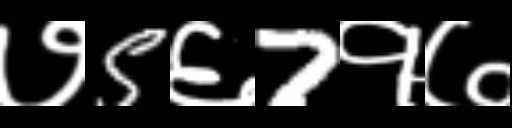
Text: ७5६7१७